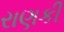
રાણકી